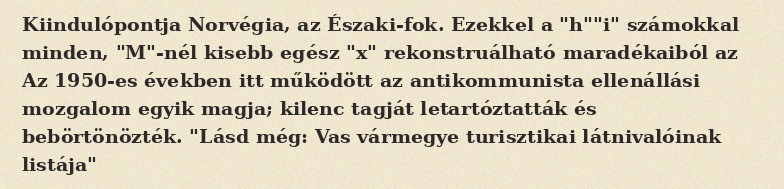
Kiindulópontja Norvégia, az Északi-fok. Ezekkel a "h""i" számokkal minden, "M"-nél kisebb egész "x" rekonstruálható maradékaiból az Az 1950-es években itt működött az antikommunista ellenállási mozgalom egyik magja; kilenc tagját letartóztatták és bebörtönözték. "Lásd még: Vas vármegye turisztikai látnivalóinak listája"